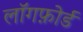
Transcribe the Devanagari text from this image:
लॉगफ़ोर्ड